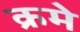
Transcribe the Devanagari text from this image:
क्रमे